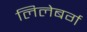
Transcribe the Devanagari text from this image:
लिलेबर्ग